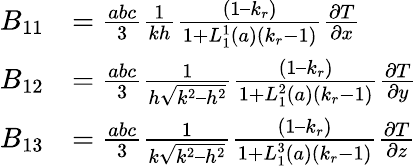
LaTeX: \begin{array}{rl}{B_{11}}&{=\frac{abc}{3}\frac{1}{kh}\frac{(1–k_{r})}{1+L_{1}^{1}(a)(k_{r}-1)}\frac{\partial T}{\partial x}}\\ {B_{12}}&{=\frac{abc}{3}\frac{1}{h\sqrt{k^{2}–h^{2}}}\frac{(1–k_{r})}{1+L_{1}^{2}(a)(k_{r}-1)}\frac{\partial T}{\partial y}}\\ {B_{13}}&{=\frac{abc}{3}\frac{1}{k\sqrt{k^{2}–h^{2}}}\frac{(1–k_{r})}{1+L_{1}^{3}(a)(k_{r}-1)}\frac{\partial T}{\partial z}}\end{array}